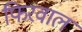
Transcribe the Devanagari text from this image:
फिरवाल